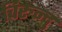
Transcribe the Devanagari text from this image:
चिरुन्दु